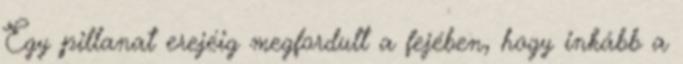
Egy pillanat erejéig megfordult a fejében, hogy inkább a